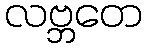
လဗ္ဘတေ